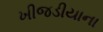
ખીજડીયાના